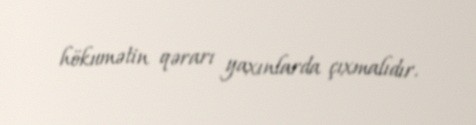
hökumətin qərarı yaxınlarda çıxmalıdır.